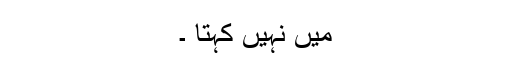
میں نہیں کہتا ۔